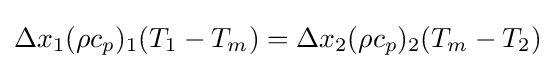
\Delta x_{1}(\rho c_{p})_{1}(T_{1}-T_{m})=\Delta x_{2}(\rho c_{p})_{2}(T_{m}-T_{2})